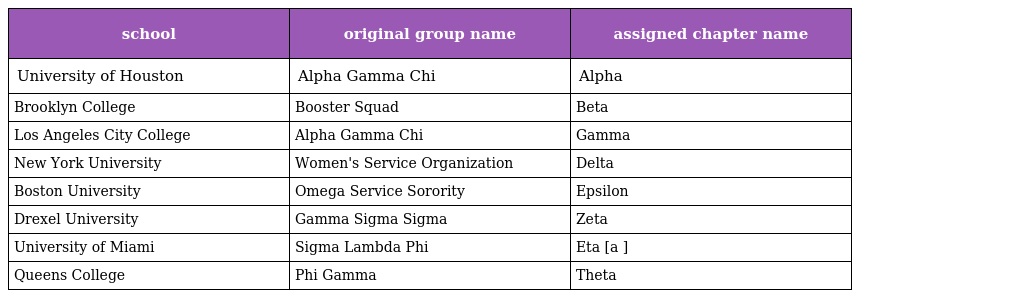
| school | original group name | assigned chapter name |
 | --- | --- | --- |
 | University of Houston | Alpha Gamma Chi | Alpha |
 | Brooklyn College | Booster Squad | Beta |
 | Los Angeles City College | Alpha Gamma Chi | Gamma |
 | New York University | Women's Service Organization | Delta |
 | Boston University | Omega Service Sorority | Epsilon |
 | Drexel University | Gamma Sigma Sigma | Zeta |
 | University of Miami | Sigma Lambda Phi | Eta [a ] |
 | Queens College | Phi Gamma | Theta |